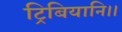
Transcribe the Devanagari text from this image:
ट्रिबियानि।।